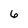
Character: 6